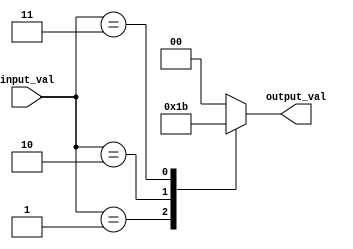
module simple_case(
    input wire [3:0] input_val,
    output reg [1:0] output_val
);

always @(*)
begin
    case(input_val)
        4'b0000: output_val = 2'b00;
        4'b0001: output_val = 2'b01;
        4'b0010: output_val = 2'b10;
        4'b0011: output_val = 2'b11;
        default: output_val = 2'b00; // Default case
    endcase
end

endmodule